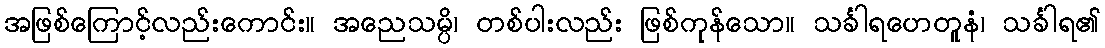
အဖြစ်ကြောင့်လည်းကောင်း။ အညေသမ္ပိ၊ တစ်ပါးလည်း ဖြစ်ကုန်သော။ သင်္ခါရဟေတူနံ၊ သင်္ခါရ၏